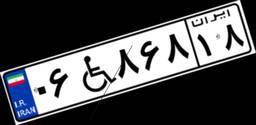
۰۶W۸۶۸۱۸